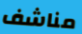
مناشف